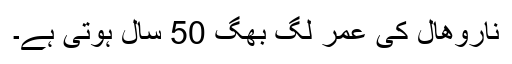
ناروھال کی عمر لگ بھگ 50 سال ہوتی ہے۔